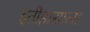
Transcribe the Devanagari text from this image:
इतीहासाला